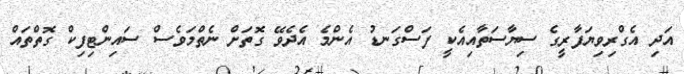
އަދި އެގްރިވިޔަފާރީގެ ސިޔާސަތާއިއެކީ ފަސްގަނޑު އެންމެ އެދެވޭ ގޮތަށް ނެތްމަވެސް ސައިންޓިފިކް ގޮތްތައް